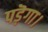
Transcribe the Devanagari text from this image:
पड़ॆगा।